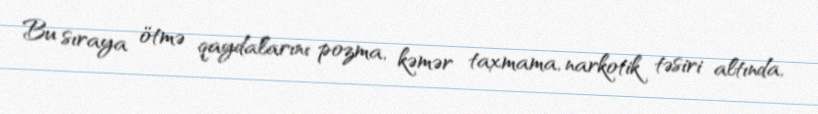
Bu sıraya ötmə qaydalarını pozma, kəmər taxmama, narkotik təsiri altında,